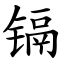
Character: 镉